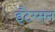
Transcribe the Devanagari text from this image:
इटैरसन